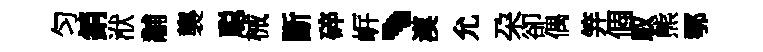
匀銷洑黼襲聪械斷碎㟁、漠允朶卻偶笄個馭熊鄂